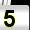
Digit: 5